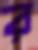
র